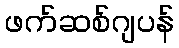
ဖက်ဆစ်ဂျပန်